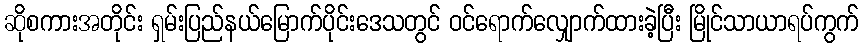
ဆိုစကားအတိုင်း ရှမ်းပြည်နယ်မြောက်ပိုင်းဒေသတွင် ဝင်ရောက်လျှောက်ထားခဲ့ပြီး မြိုင်သာယာရပ်ကွက်